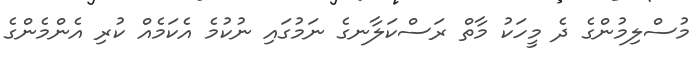
މުސްލިމުންގެ ދެ މީހަކު މާތް ރަސްކަލާނގެ ނަމުގައި ނުކުމެ އެކަމެއް ކުރި އެންމެންގެ